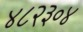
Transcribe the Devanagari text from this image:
४८२३०४